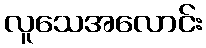
လူသေအလောင်း